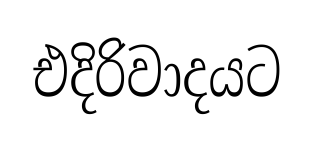
එදිරිවාදයට